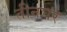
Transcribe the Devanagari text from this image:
तीनघर